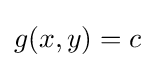
g(x,y)=c